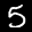
Label: 5